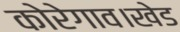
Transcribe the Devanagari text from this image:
कोरेगाव।खेड